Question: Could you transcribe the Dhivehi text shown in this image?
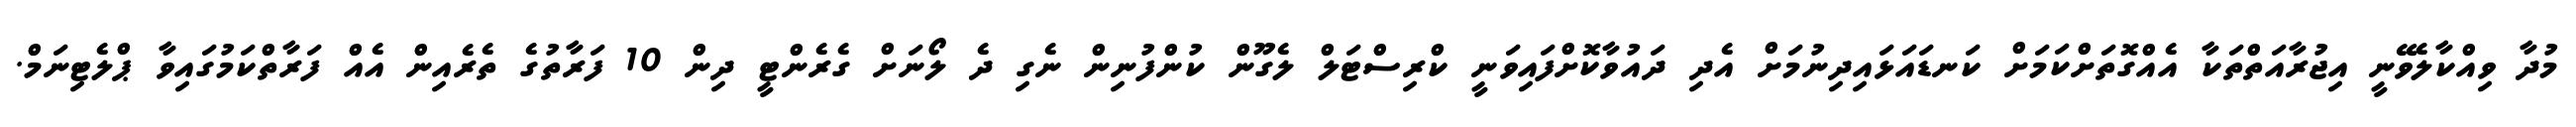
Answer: މުދާ ވިއްކާލެވޭނީ އިޖުރާއަތްތަކާ އެއްގޮތަށްކަމަށް ކަނޑައަޅައިދިނުމަށް އެދި ދައުވާކޮށްފައިވަނީ ކްރިސްޓަލް ލެގޫން ކުންފުނިން ނެގި ދެ ލޯނަށް ގެރެންޓީ ދިން 10 ފަރާތުގެ ތެރެއިން އެއް ފަރާތްކަމުގައިވާ ޕްލެޓިނަމް.